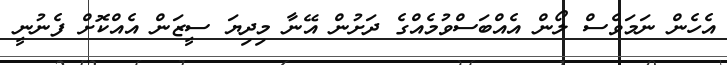
އެހެން ނަމަވެސް ލޯން އެއްބަސްވުމެއްގެ ދަށުން އޭނާ މިދިޔަ ސީޒަން އެއްކޮށް ފެނުނީ